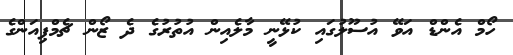
ހޯމް އެންޑް އަވޭ އުސޫލުގައި ކުޅޭނީ މާލެއިން އުތުރުގެ ދެ ޒޯން ޗެމްޕިއަންގެ